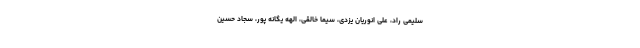
سلیمی راد، علی انوریان یزدی، سیما خالقی، الهه یگانه پور، سجاد حسین